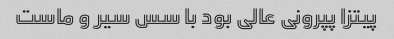
پیتزا پپرونی عالی بود با سس سیر و ماست